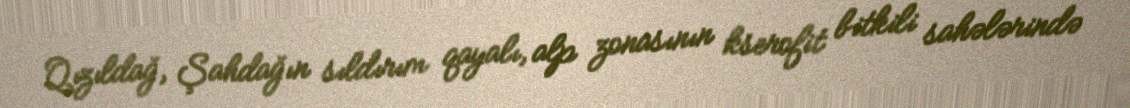
Qızıldağ, Şahdağın sıldırım qayalı, alp zonasının kserofit bitkili sahələrində